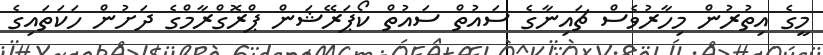
މީގެ އިތުރުން މިހާރުވެސް ޗައިނާގެ ސައުތް ސައުތް ކޯޕަރޭޝަން ޕްރޮގްރާމްގެ ދަށުން ހަކަތައިގެ